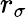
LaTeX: r_{\sigma}